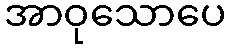
အာဝုသောပေ